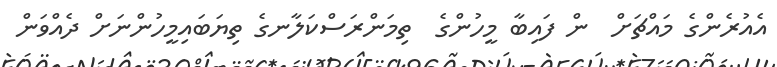
އެއުރެންގެ މައްޗަށް  ން ފައިބާ މީހުންގެ  ތިމަންރަސްކަލާނގެ ތިޔަބައިމީހުންނަށް ދެއްވަން